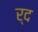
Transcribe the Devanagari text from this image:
र्द